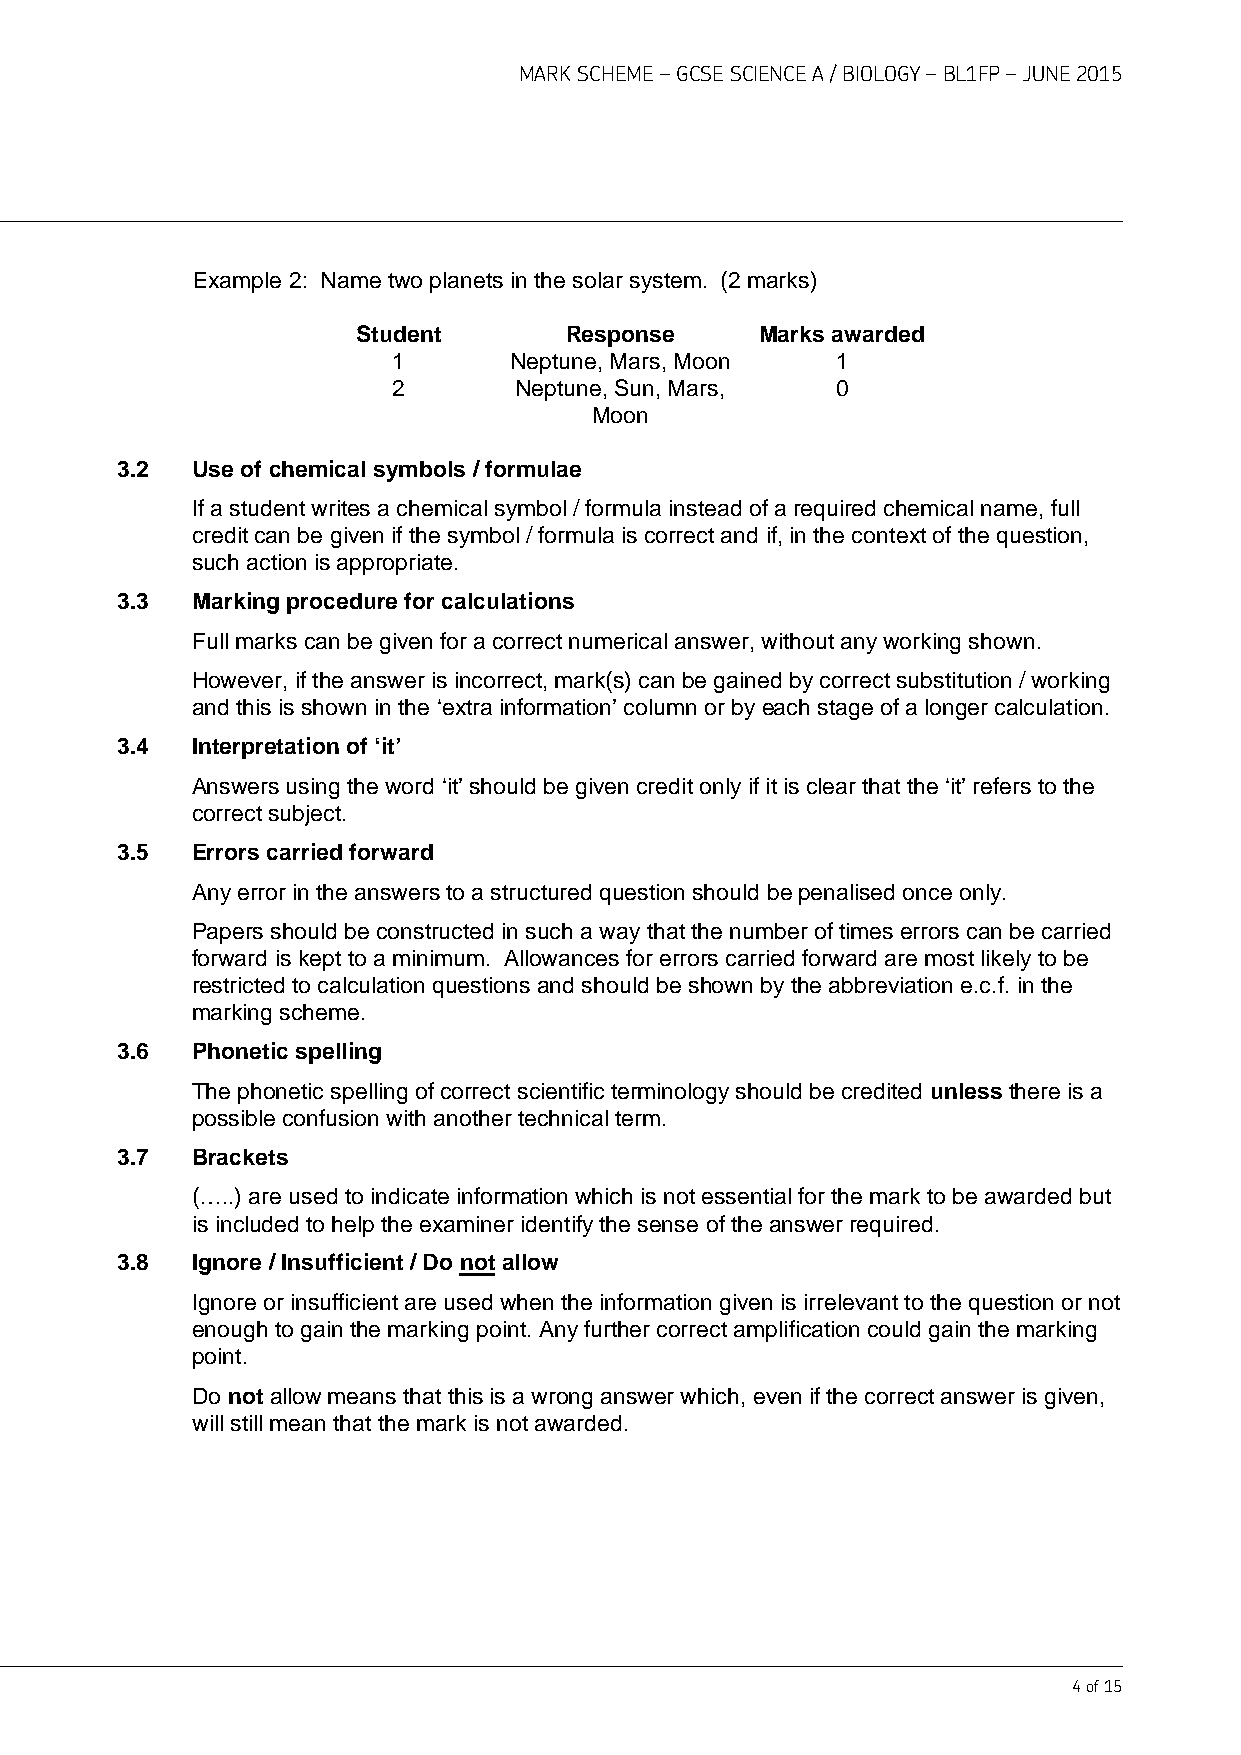
MARK SCHEME – GCSE SCIENCE A / BIOLOGY – BL1FP – JUNE 2015
 Example 2: Name two planets in the solar system. (2 marks)
 Student      Response     Marks awarded
 1       Neptune, Mars, Moon  1
 2       Neptune, Sun, Mars,  0
 Moon
 3.2  Use of chemical symbols / formulae
 If a student writes a chemical symbol / formula instead of a required chemical name, full
 credit can be given if the symbol / formula is correct and if, in the context of the question,
 such action is appropriate.
 3.3  Marking procedure for calculations
 Full marks can be given for a correct numerical answer, without any working shown.
 However, if the answer is incorrect, mark(s) can be gained by correct substitution / working
 and this is shown in the ‘extra information’ column or by each stage of a longer calculation.
 3.4  Interpretation of ‘it’
 Answers using the word ‘it’ should be given credit only if it is clear that the ‘it’ refers to the
 correct subject.
 3.5  Errors carried forward
 Any error in the answers to a structured question should be penalised once only.
 Papers should be constructed in such a way that the number of times errors can be carried
 forward is kept to a minimum. Allowances for errors carried forward are most likely to be
 restricted to calculation questions and should be shown by the abbreviation e.c.f. in the
 marking scheme.
 3.6  Phonetic spelling
 The phonetic spelling of correct scientific terminology should be credited unless there is a
 possible confusion with another technical term.
 3.7  Brackets
 (…..) are used to indicate information which is not essential for the mark to be awarded but
 is included to help the examiner identify the sense of the answer required.
 3.8  Ignore / Insufficient / Do not allow
 Ignore or insufficient are used when the information given is irrelevant to the question or not
 enough to gain the marking point. Any further correct amplification could gain the marking
 point.
 Do not allow means that this is a wrong answer which, even if the correct answer is given,
 will still mean that the mark is not awarded.
 4 of 15